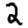
Digit: 2